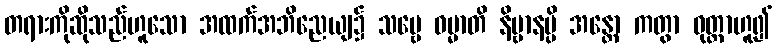
တရားကိုဆိုသည်ဟူသော အထက်အဘိညေယျ၌ သဗ္ဗေ ဓမ္မာတိ နိဗ္ဗာနမ္ပိ အန္တော ကတွာ ဝုတ္တာဟူ၍